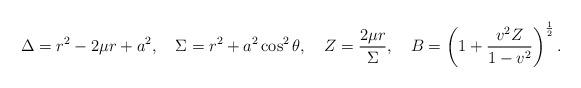
LaTeX: \begin{align*}\Delta = r^2 - 2 \mu r + a^2 ,~~~\Sigma = r^2 + a^2 \cos^2 \theta,~~~Z = \frac{2 \mu r}{\Sigma},~~~B = \left( 1 + \frac{v^2 Z}{1 - v^2 } \right)^{\frac{1}{2}}.\end{align*}